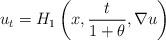
LaTeX: \begin{align*}u_t=H_1 \left( x,\frac{t}{1+\theta},\nabla u \right)\end{align*}